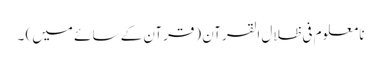
نا معلوم فی ظلال القرآن (قرآن کے سائے میں) ۔